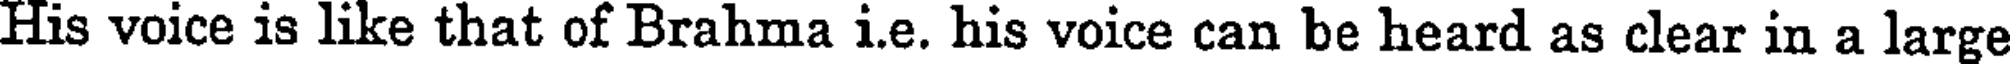
His voice is like that of Brahma i.e. his voice can be heard as clear in a large